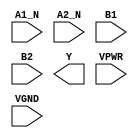
module sky130_fd_sc_hs__a2bb2oi (
    //# {{data|Data Signals}}
    input  A1_N,
    input  A2_N,
    input  B1  ,
    input  B2  ,
    output Y   ,

    //# {{power|Power}}
    input  VPWR,
    input  VGND
);
endmodule